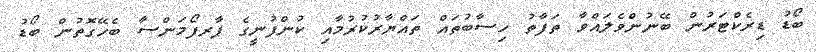
ބޯޑު ޑިރެކްޓަރުން ބޭނުންވެލައްވާ ތަފާތު ހިސާބުތައް ތައްޔާރުކުރުމާއި ކުންފުނީގެ ޕާރފޯމަންސާ ބެހޭގޮތުން ބޯޑު